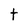
Character: t